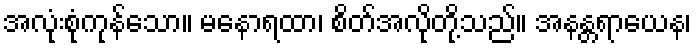
အလုံးစုံကုန်သော။ မနောရထာ၊ စိတ်အလိုတို့သည်။ အနန္တရာယေန၊